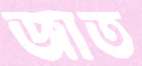
জাত